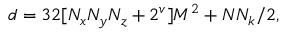
d = 3 2 [ N _ { x } N _ { y } N _ { z } + 2 ^ { v } ] M ^ { 2 } + N N _ { k } / 2 ,